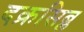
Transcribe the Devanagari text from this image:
दक्रसिब्ल